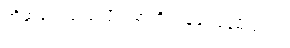
ကိုဆုကေသည် ပိုက်ဆံကို ပြန်ရေနေမိသည်။